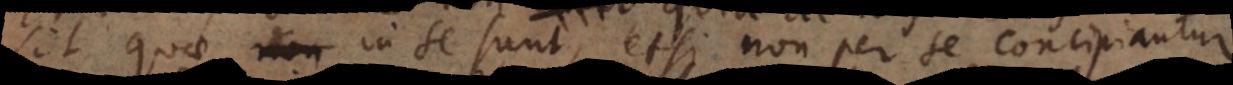
sit, quae in se sunt, etsi non per se concipiantur